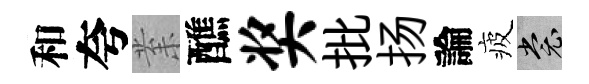
和夸𭪙醮奖批扬論疲裳